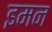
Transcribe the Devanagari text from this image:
इमन